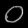
Digit: ၀